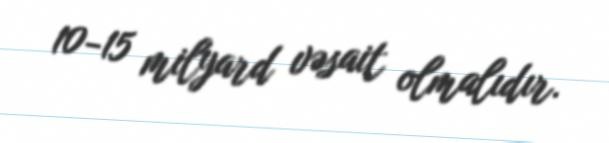
10-15 milyard vəsait olmalıdır.